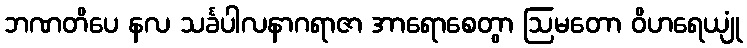
ဘဏတိပေ နလ သင်္ခပါလနာဂရာဇာ အာရောစေတွာ ဩမတော ဝိဟရေယျုံ